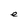
Character: e